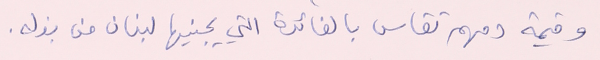
وقيمة دمهم تقاس بالفائدة التي يجنيها لبنان من بذله.